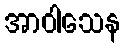
အာဝါသေန